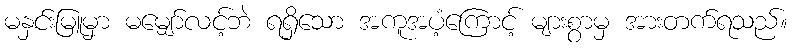
မနှင်းမြူမှာ မမျှော်လင့်ဘဲ ရရှိသော အကူအပံ့ကြောင့် များစွာမှ အားတက်ရသည်။